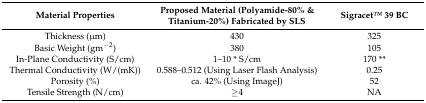
<table><thead><tr><td><b>Material Properties</b></td><td><b>Proposed Material (Polyamide-80% &amp; Titanium-20%) Fabricated by SLS</b></td><td><b>SigracetTM 39 BC</b></td></tr></thead><tbody><tr><td>Thickness (μm)</td><td>430</td><td>325</td></tr><tr><td>Basic Weight (gm<sup>−2</sup>)</td><td>380</td><td>105</td></tr><tr><td>In-Plane Conductivity (S/cm)</td><td>1–10 * S/cm</td><td>170 **</td></tr><tr><td>Thermal Conductivity (W/(mK))</td><td>0.588–0.512 (Using Laser Flash Analysis)</td><td>0.25</td></tr><tr><td>Porosity (%)</td><td>ca. 42% (Using ImageJ)</td><td>52</td></tr><tr><td>Tensile Strength (N/cm)</td><td>≥4</td><td>NA</td></tr></tbody></table>